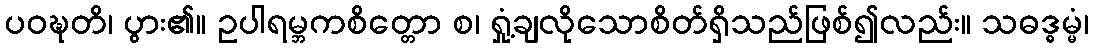
ပဝဍ္ဎတိ၊ ပွား၏။ ဥပါရမ္ဘကစိတ္တော စ၊ ရှုံ့ချလိုသောစိတ်ရှိသည်ဖြစ်၍လည်း။ သဓဒ္ဓမ္မံ၊